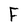
Character: F